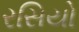
રસિયો